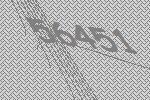
56451